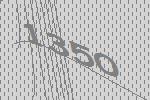
1350